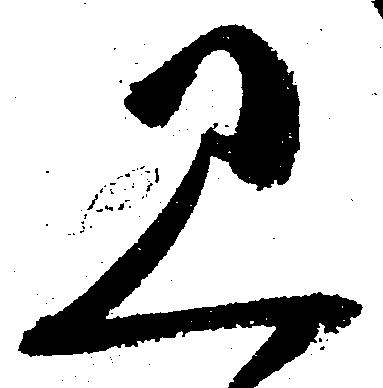
見